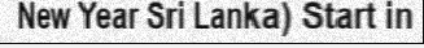
New Year Sri Lanka) Start in